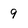
Character: 9